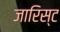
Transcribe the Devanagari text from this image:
जारिस्ट